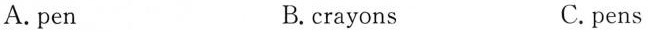
A. pen B.crayons C. pens